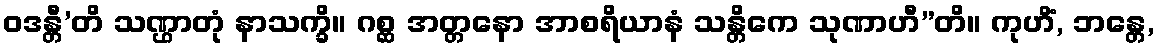
ဝဒန္တီ’တိ သဏ္ဌာတုံ နာသက္ခိ။ ဂစ္ဆ အတ္တနော အာစရိယာနံ သန္တိကေ သုဏာဟီ”တိ။ ကုဟိံ, ဘန္တေ,